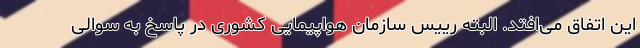
این اتفاق می‌افتد. البته رییس سازمان هواپیمایی کشوری در پاسخ به سوالی